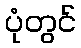
ပုံတွင်